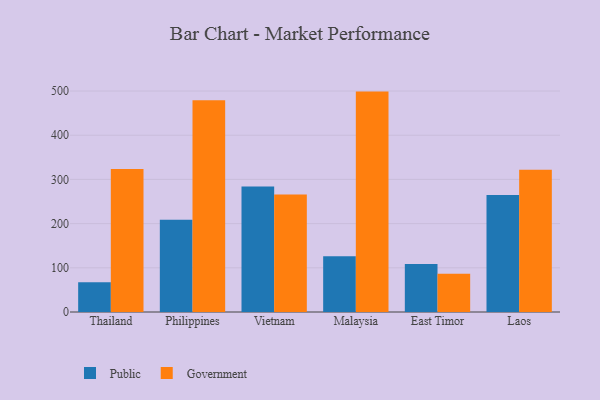
{"axis": {"x": "Country", "y": "Market Share (%)"}, "legend": ["Government", "Public"], "data": [{"x": "Thailand", "y": 67.3, "type": "Public"}, {"x": "Thailand", "y": 323.7, "type": "Government"}, {"x": "Philippines", "y": 208.7, "type": "Public"}, {"x": "Philippines", "y": 479.3, "type": "Government"}, {"x": "Vietnam", "y": 283.9, "type": "Public"}, {"x": "Vietnam", "y": 265.8, "type": "Government"}, {"x": "Malaysia", "y": 126.1, "type": "Public"}, {"x": "Malaysia", "y": 498.7, "type": "Government"}, {"x": "East Timor", "y": 108.4, "type": "Public"}, {"x": "East Timor", "y": 86.7, "type": "Government"}, {"x": "Laos", "y": 264.9, "type": "Public"}, {"x": "Laos", "y": 322.1, "type": "Government"}]}